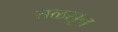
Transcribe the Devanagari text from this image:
तळसून